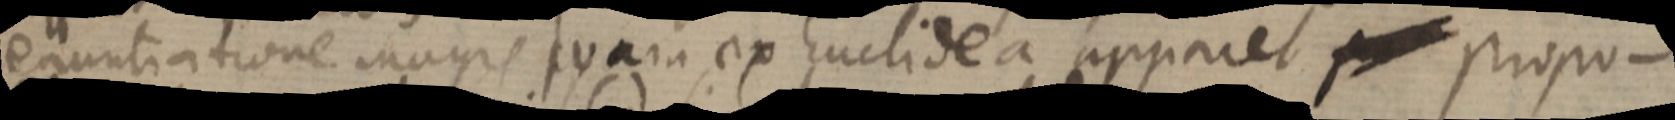
enuntiatione magis quam ex Euclidea apparet p_ propo-